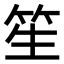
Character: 笙